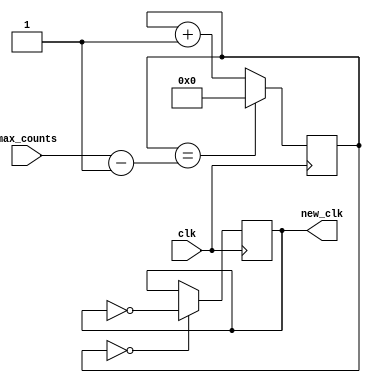
`timescale 1ns / 1ps
//////////////////////////////////////////////////////////////////////////////////
// Company: 
// Engineer: 
// 
// Design Name: 
// Module Name: slow_clock
// Project Name: 
// Target Devices: 
// Tool Versions: 
// Description: 
// 
// Dependencies: 
// 
// Revision:
// Revision 0.01 - File Created
// Additional Comments:
// 
//////////////////////////////////////////////////////////////////////////////////


module slow_clock(
input clk, 
    input [31:0] max_counts,
    output reg new_clk = 0
    );
    
    // Formula for converting frequency to max_counts. Max Counts = 100M / required_frequency / 2 
    // Eg. 6.25MHz: (100M/6.25M) / 2 = 16/2 = 8 --> max_count = 8
    
    // 1Hz: counts = 50_000_000
    // 5Hz: counts = 10_000_000
    // 10Hz: counts = 5_000_000
    // 100Hz: counts = 500_000
    
    reg [31:0]counter_32bits = 1;
    
    always @(posedge clk)
    begin
        counter_32bits <= (counter_32bits == max_counts - 1) ? 0 : counter_32bits + 1;
        new_clk <= (counter_32bits == 0) ? ~new_clk : new_clk;
    end
endmodule